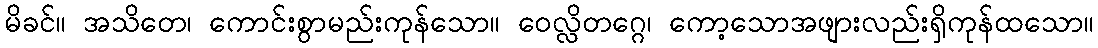
မိခင်။ အသိတေ၊ ကောင်းစွာမည်းကုန်သော။ ဝေလ္လိတဂ္ဂေ၊ ကော့သောအဖျားလည်းရှိကုန်ထသော။